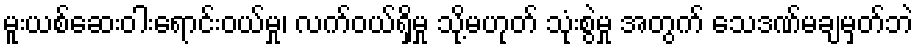
မူးယစ်ဆေးဝါးရောင်းဝယ်မှု၊ လက်ဝယ်ရှိမှု သို့မဟုတ် သုံးစွဲမှု အတွက် သေဒဏ်မချမှတ်ဘဲ